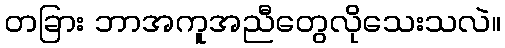
တခြား ဘာအကူအညီတွေလိုသေးသလဲ။